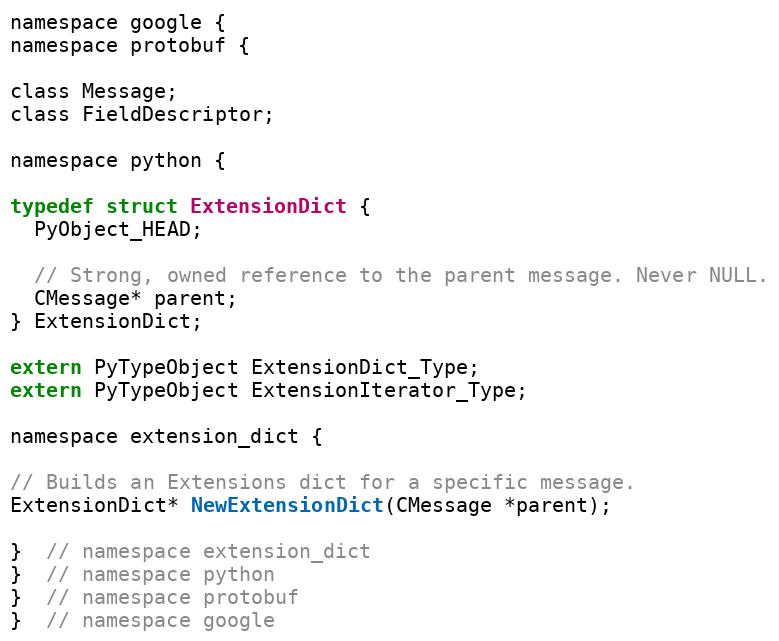
Language: C
namespace google {
namespace protobuf {

class Message;
class FieldDescriptor;

namespace python {

typedef struct ExtensionDict {
  PyObject_HEAD;

  // Strong, owned reference to the parent message. Never NULL.
  CMessage* parent;
} ExtensionDict;

extern PyTypeObject ExtensionDict_Type;
extern PyTypeObject ExtensionIterator_Type;

namespace extension_dict {

// Builds an Extensions dict for a specific message.
ExtensionDict* NewExtensionDict(CMessage *parent);

}  // namespace extension_dict
}  // namespace python
}  // namespace protobuf
}  // namespace google